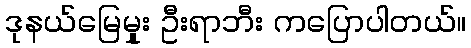
ဒုနယ်မြေမှုုး ဦးရာဘီး ကပြောပါတယ်။